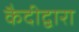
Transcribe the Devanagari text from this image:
कैदीद्वारा